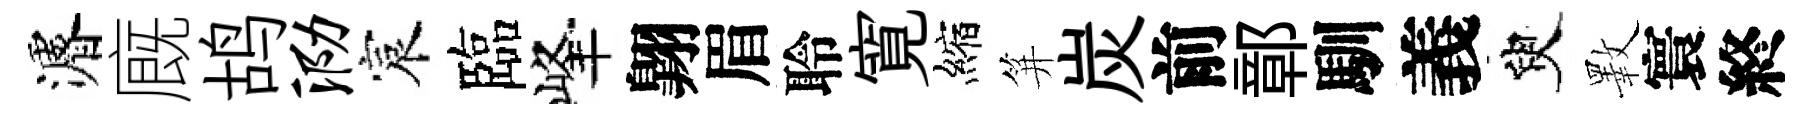
濬廐鸪泐宸臨峰翺眉聆寛縮笄炭前鄣馴義臾斁寰終